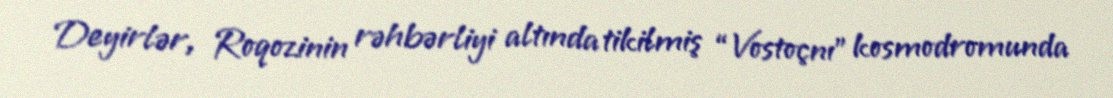
Deyirlər, Roqozinin rəhbərliyi altında tikilmiş “Vostoçnı” kosmodromunda